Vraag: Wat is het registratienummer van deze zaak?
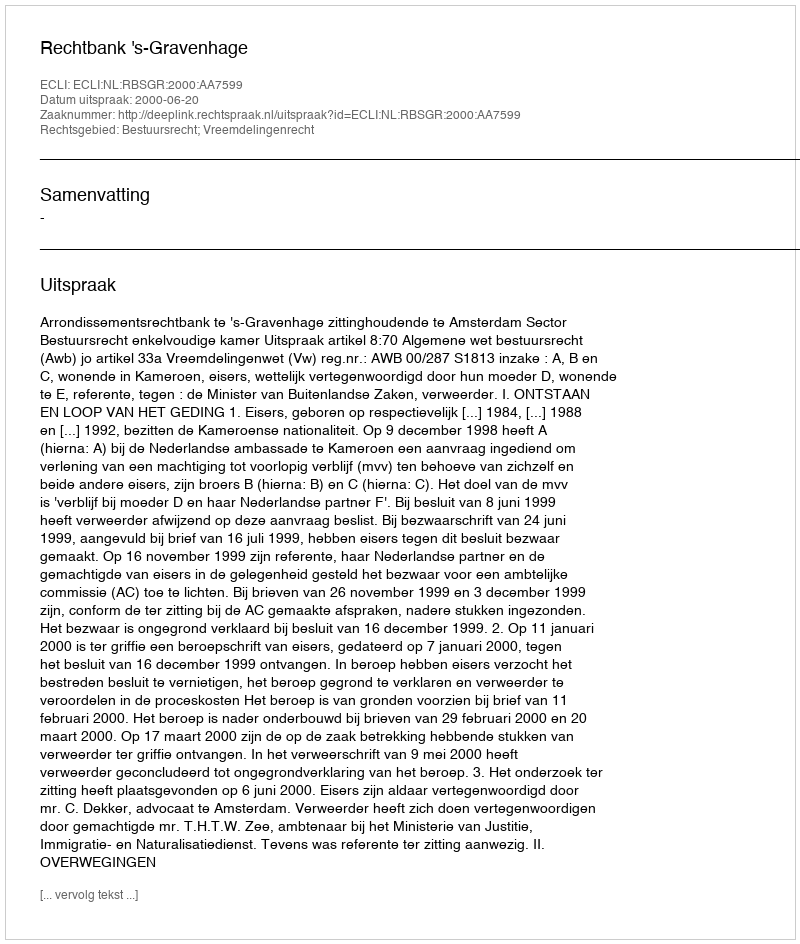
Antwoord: http://deeplink.rechtspraak.nl/uitspraak?id=ECLI:NL:RBSGR:2000:AA7599